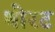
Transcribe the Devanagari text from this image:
थोरट